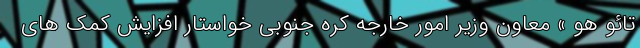
تائو هو » معاون وزیر امور خارجه کره جنوبی خواستار افزایش کمک های